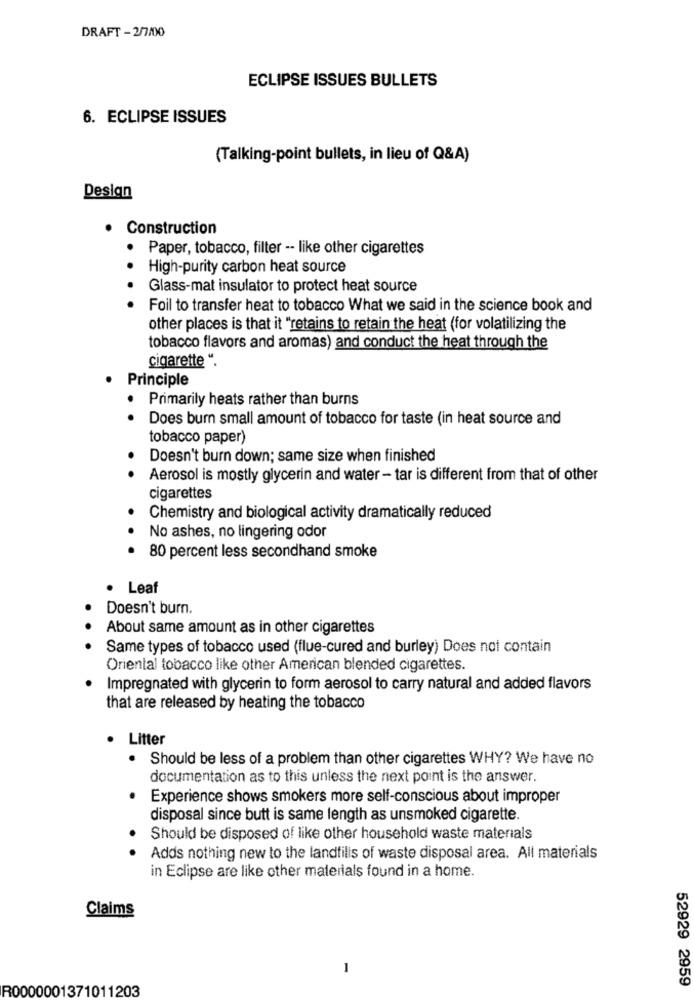
DRAFT - 2/7/00
ECLIPSE ISSUES BULLETS
6. ECLIPSE ISSUES
(Talking-point bullets, in lieu of Q&A)
Design
.
Construction
Paper, tobacco, filter -- like other cigarettes
High-purity carbon heat source
Glass-mat insulator to protect heat source
Foil to transfer heat to tobacco What we said in the science book and
other places is that it "retains to retain the heat (for volatilizing the
tobacco flavors and aromas) and conduct the heat through the
cigarette “.
Principle
· Primarily heats rather than burns
Does burn small amount of tobacco for taste (in heat source and
tobacco paper)
Doesn't burn down; same size when finished
Aerosol is mostly glycerin and water - tar is different from that of other
cigarettes
Chemistry and biological activity dramatically reduced
No ashes, no lingering odor
80 percent less secondhand smoke
Leaf
Doesn't burn.
About same amount as in other cigarettes
Same types of tobacco used (flue-cured and burley) Does not contain
Oriental tobacco like other American blended cigarettes.
Impregnated with glycerin to form aerosol to carry natural and added flavors
that are released by heating the tobacco
Litter
Should be less of a problem than other cigarettes WHY? We have no
documentation as to this unless the next point is the answer.
Experience shows smokers more self-conscious about improper
disposal since butt is same length as unsmoked cigarette.
Should be disposed of like other household waste materials
Adds nothing new to the landfilis of waste disposal area. All materials
in Eclipse are like other materials found in a home.
Claims
R0000001371011203
52929 2959